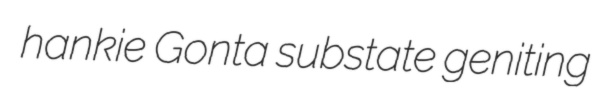
hankie Gonta substate geniting